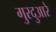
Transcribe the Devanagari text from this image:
गुरदुआरे